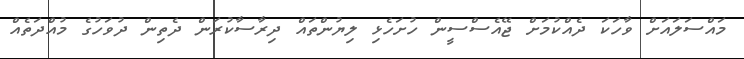
މައްސަލައަށް ވާހަކަ ދެއްކުމަށް ޖޭއެސްސީން ހުށަހެޅި ލިޔުންތައް ދިރާސާކުރަން ދެތިން ދުވަހުގެ މުއްދަތެއް